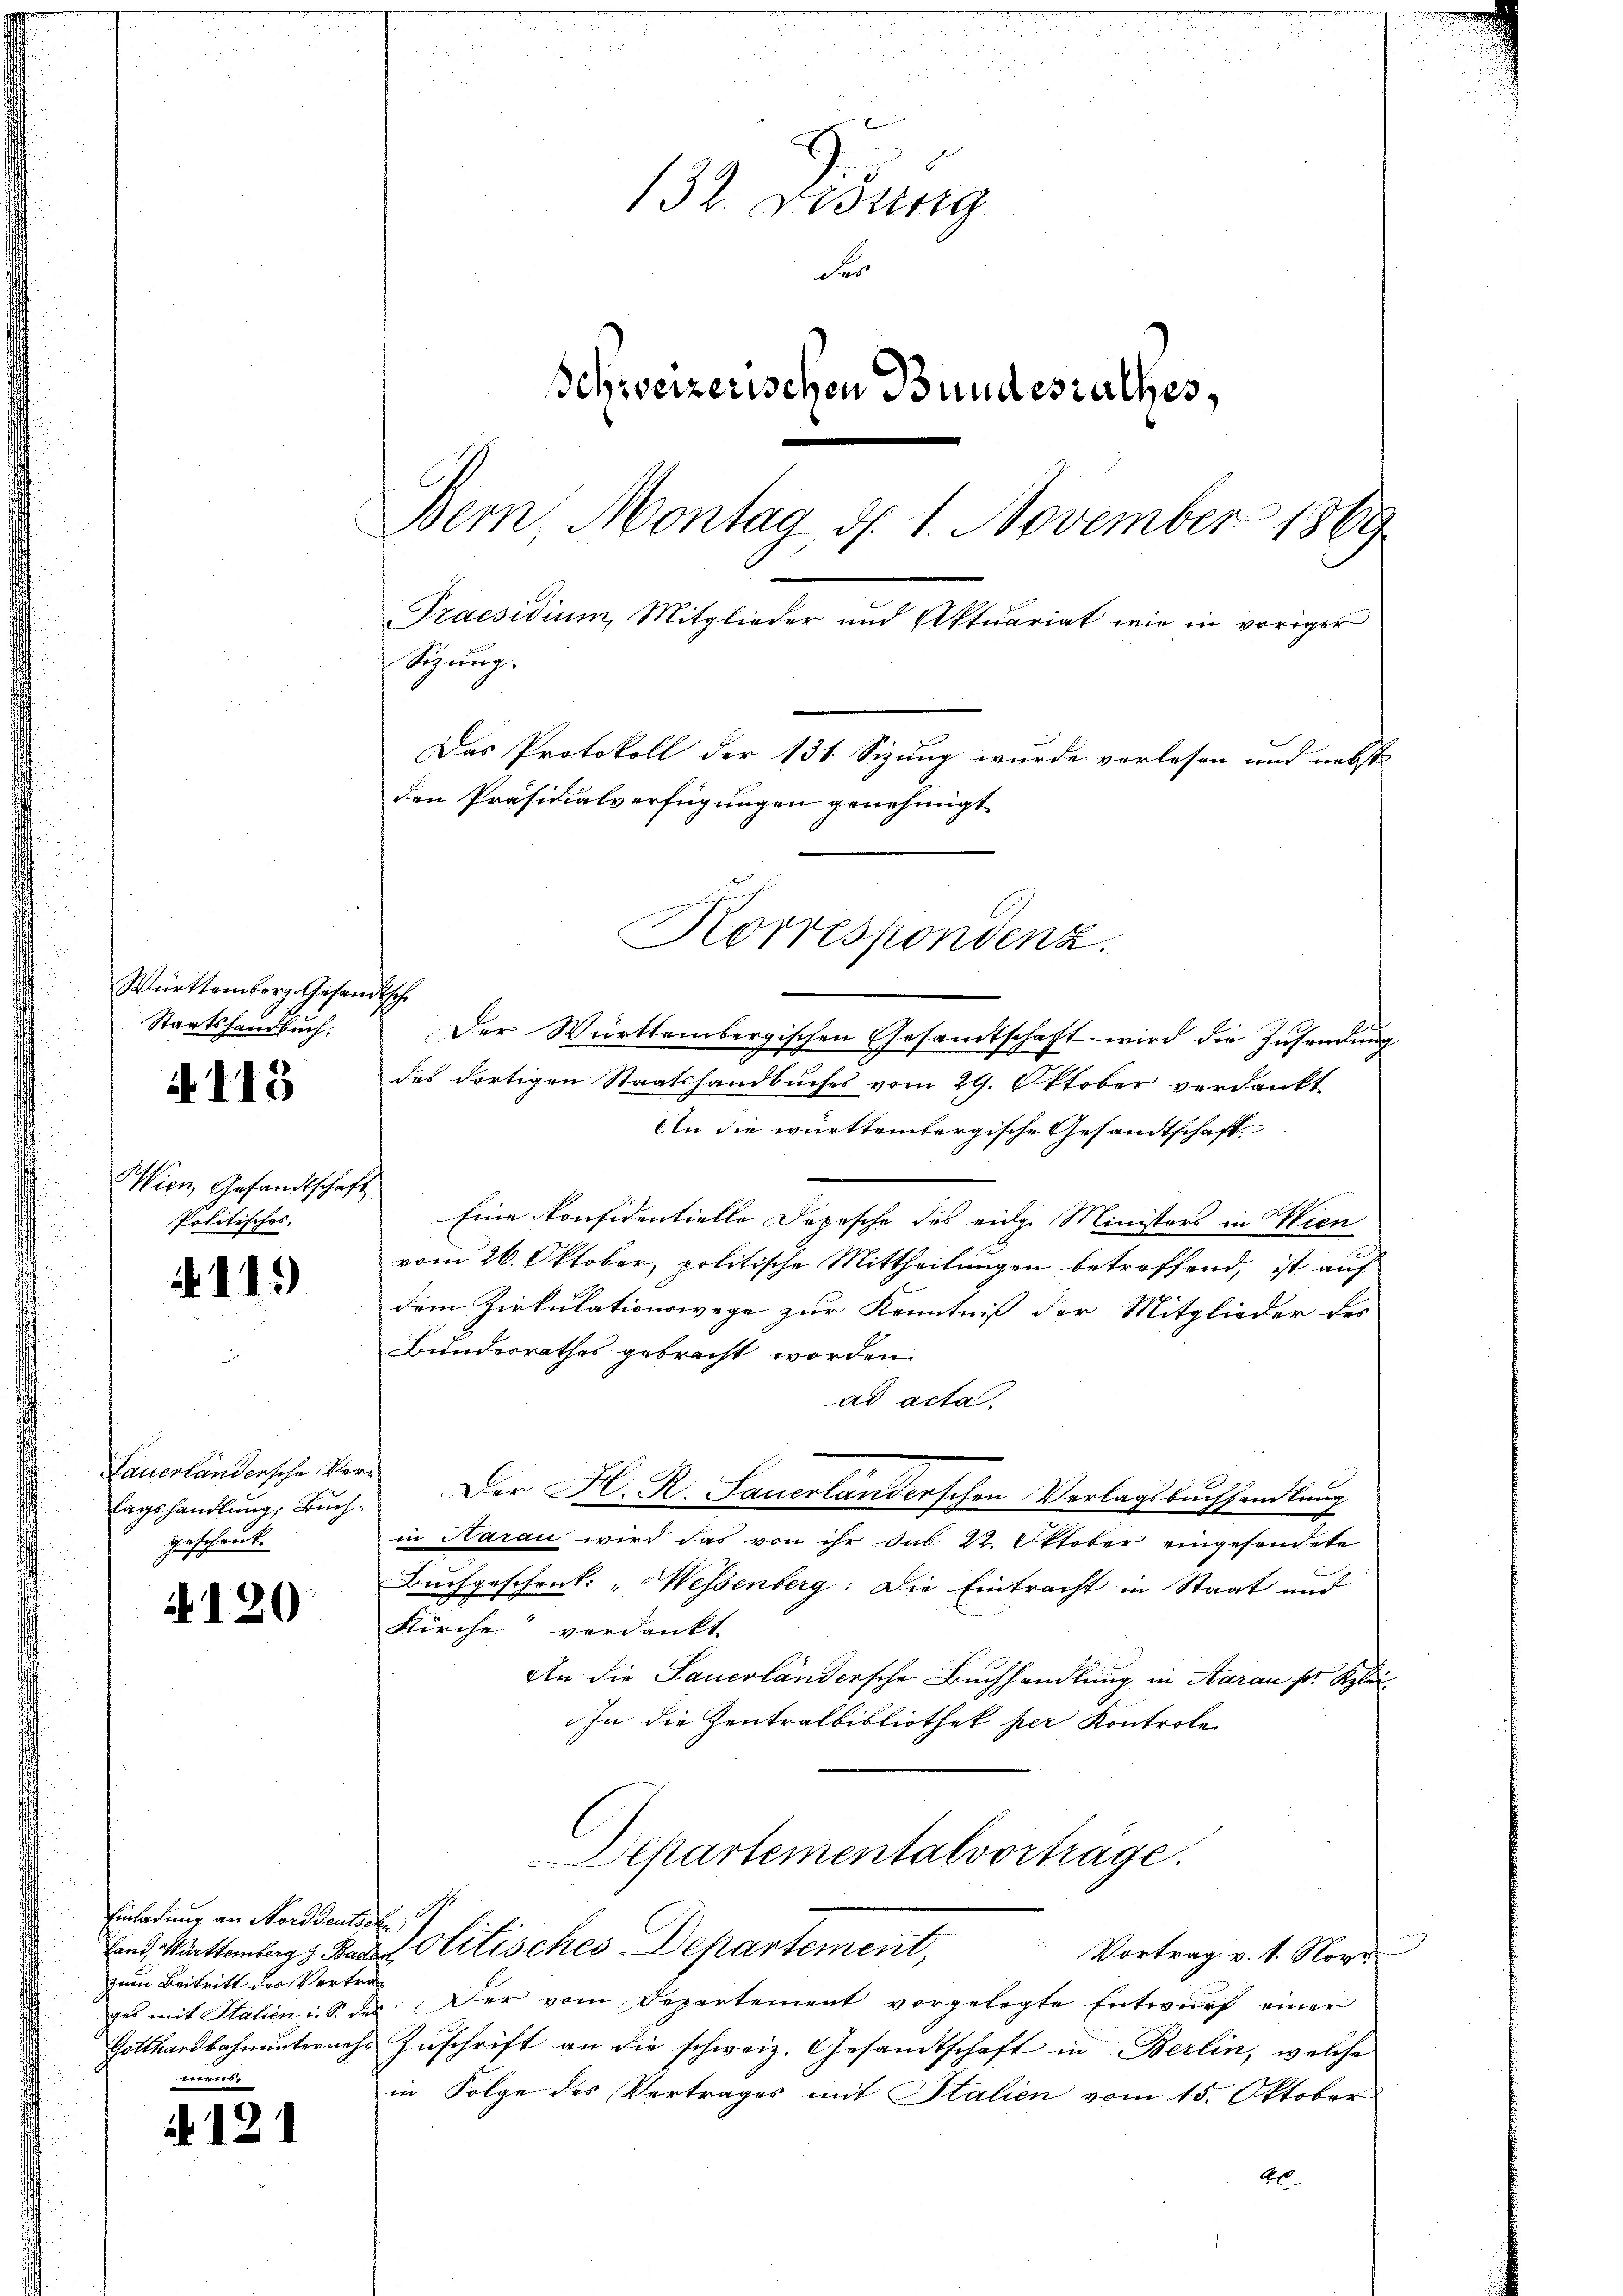
irttemberg. Gesandtsche
Tartshandbuch.
113

Gesandtschaft
öfehes.
h

2
119

ändersche Ver¬
Tand.
handlung, Buch
geschent

120

121

d
132. Didung
der
Schweizerischen Bundesrathes,
Bern, Montag d. 1. November 1869
Praesidium, Mitglieder und Aktuariat wir in voriger
Sizung.
Das Protokoll der 131. Sizung wurde verlesen und nebst
den Präsidialverfügungen genehmigt
Korrespondenz.

inladung an Norddeutsch
zum Beitritt des Vertrawe

Der Württembergischen Gesandtschaft wird die Zusendung
des dortigen Staatshandbuches vom 29. Oktober verdankt
An die württembergische Gesandtschaft
Eine konfidentielle Depesche des eidge Ministers in Wien
vom 26. Oktober, politische Mittheilungen betreffend, ist auf
dem Zirkulationswege zur Kenntniß der Mitglieder des
Bundesrathes gebracht worden.
ad acta.
Der H. R. Sauerlanderschen Verlagsbuchhandlung
in Harau wird das von ihr das 22. Oktober eingesendete
Buchgeschenke "Messenberg: Die Eintracht in Staat und
Kirche verdankt
An die Sauerländersche Buchhandlung in Aarau pr. Klei¬
In die Zentralbibliothek per Kontrole

Departementalvorträge.
and, Mittemberg  olitisches Departement,
Vortrag v. 1. Nov.

ges mit Italien i. Si der Der vom Departement vorgelegte Entwurf einer
Gotthardbahnunternahe Zŭschrift an die schweiz. Gesandtschaft in Berlin, welche
in Folge des Vertrages mit Stalien vom 15. Oktober
40